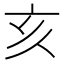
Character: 亥